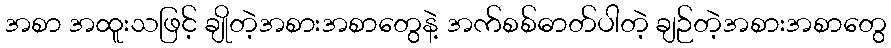
အစာ အထူးသဖြင့် ချိုတဲ့အစားအစာတွေနဲ့ အက်စစ်ဓာတ်ပါတဲ့ ချဉ်တဲ့အစားအစာတွေ